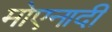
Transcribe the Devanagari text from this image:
मोएनादी